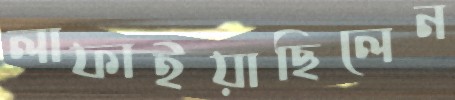
লাফাইয়াছিলেন